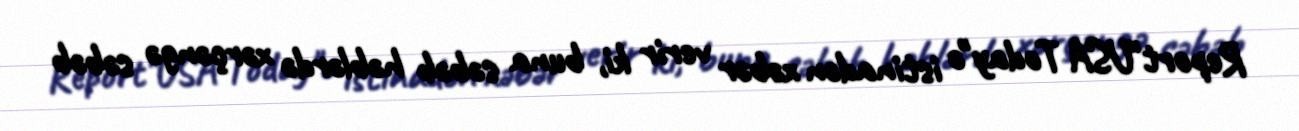
Report"USA Today"ə istinadən xəbər verir ki, buna səbəb həblərdə xərçəngə səbəb